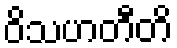
ဝိသဟတီတိ